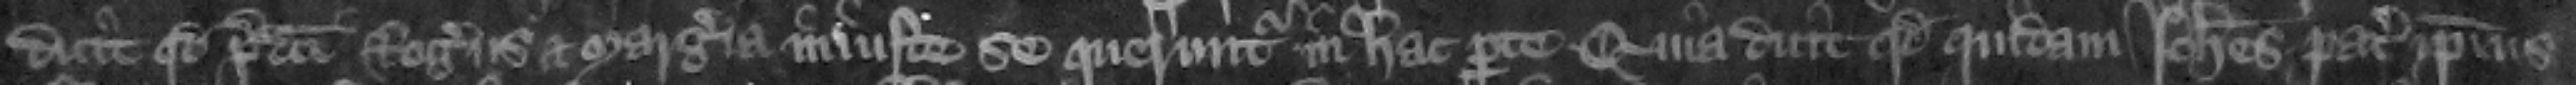
dicit quod predicti Rogers et Margeria iniuste se queruntur in hac parte. quia dicit quod quidam Iohannes pater ipsius